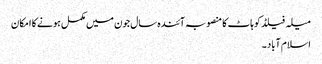
میلہ فیلڈ کوہاٹ کا منصوبہ آئندہ سال جون میں مکمل ہونے کا امکان
اسلام آباد ۔